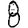
Digit: 8